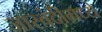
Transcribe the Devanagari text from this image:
जास्वंदीमध्ये